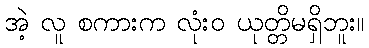
အဲ့ လူ စကားက လုံးဝ ယုတ္တိမရှိဘူး။